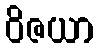
ဝိဇယာ